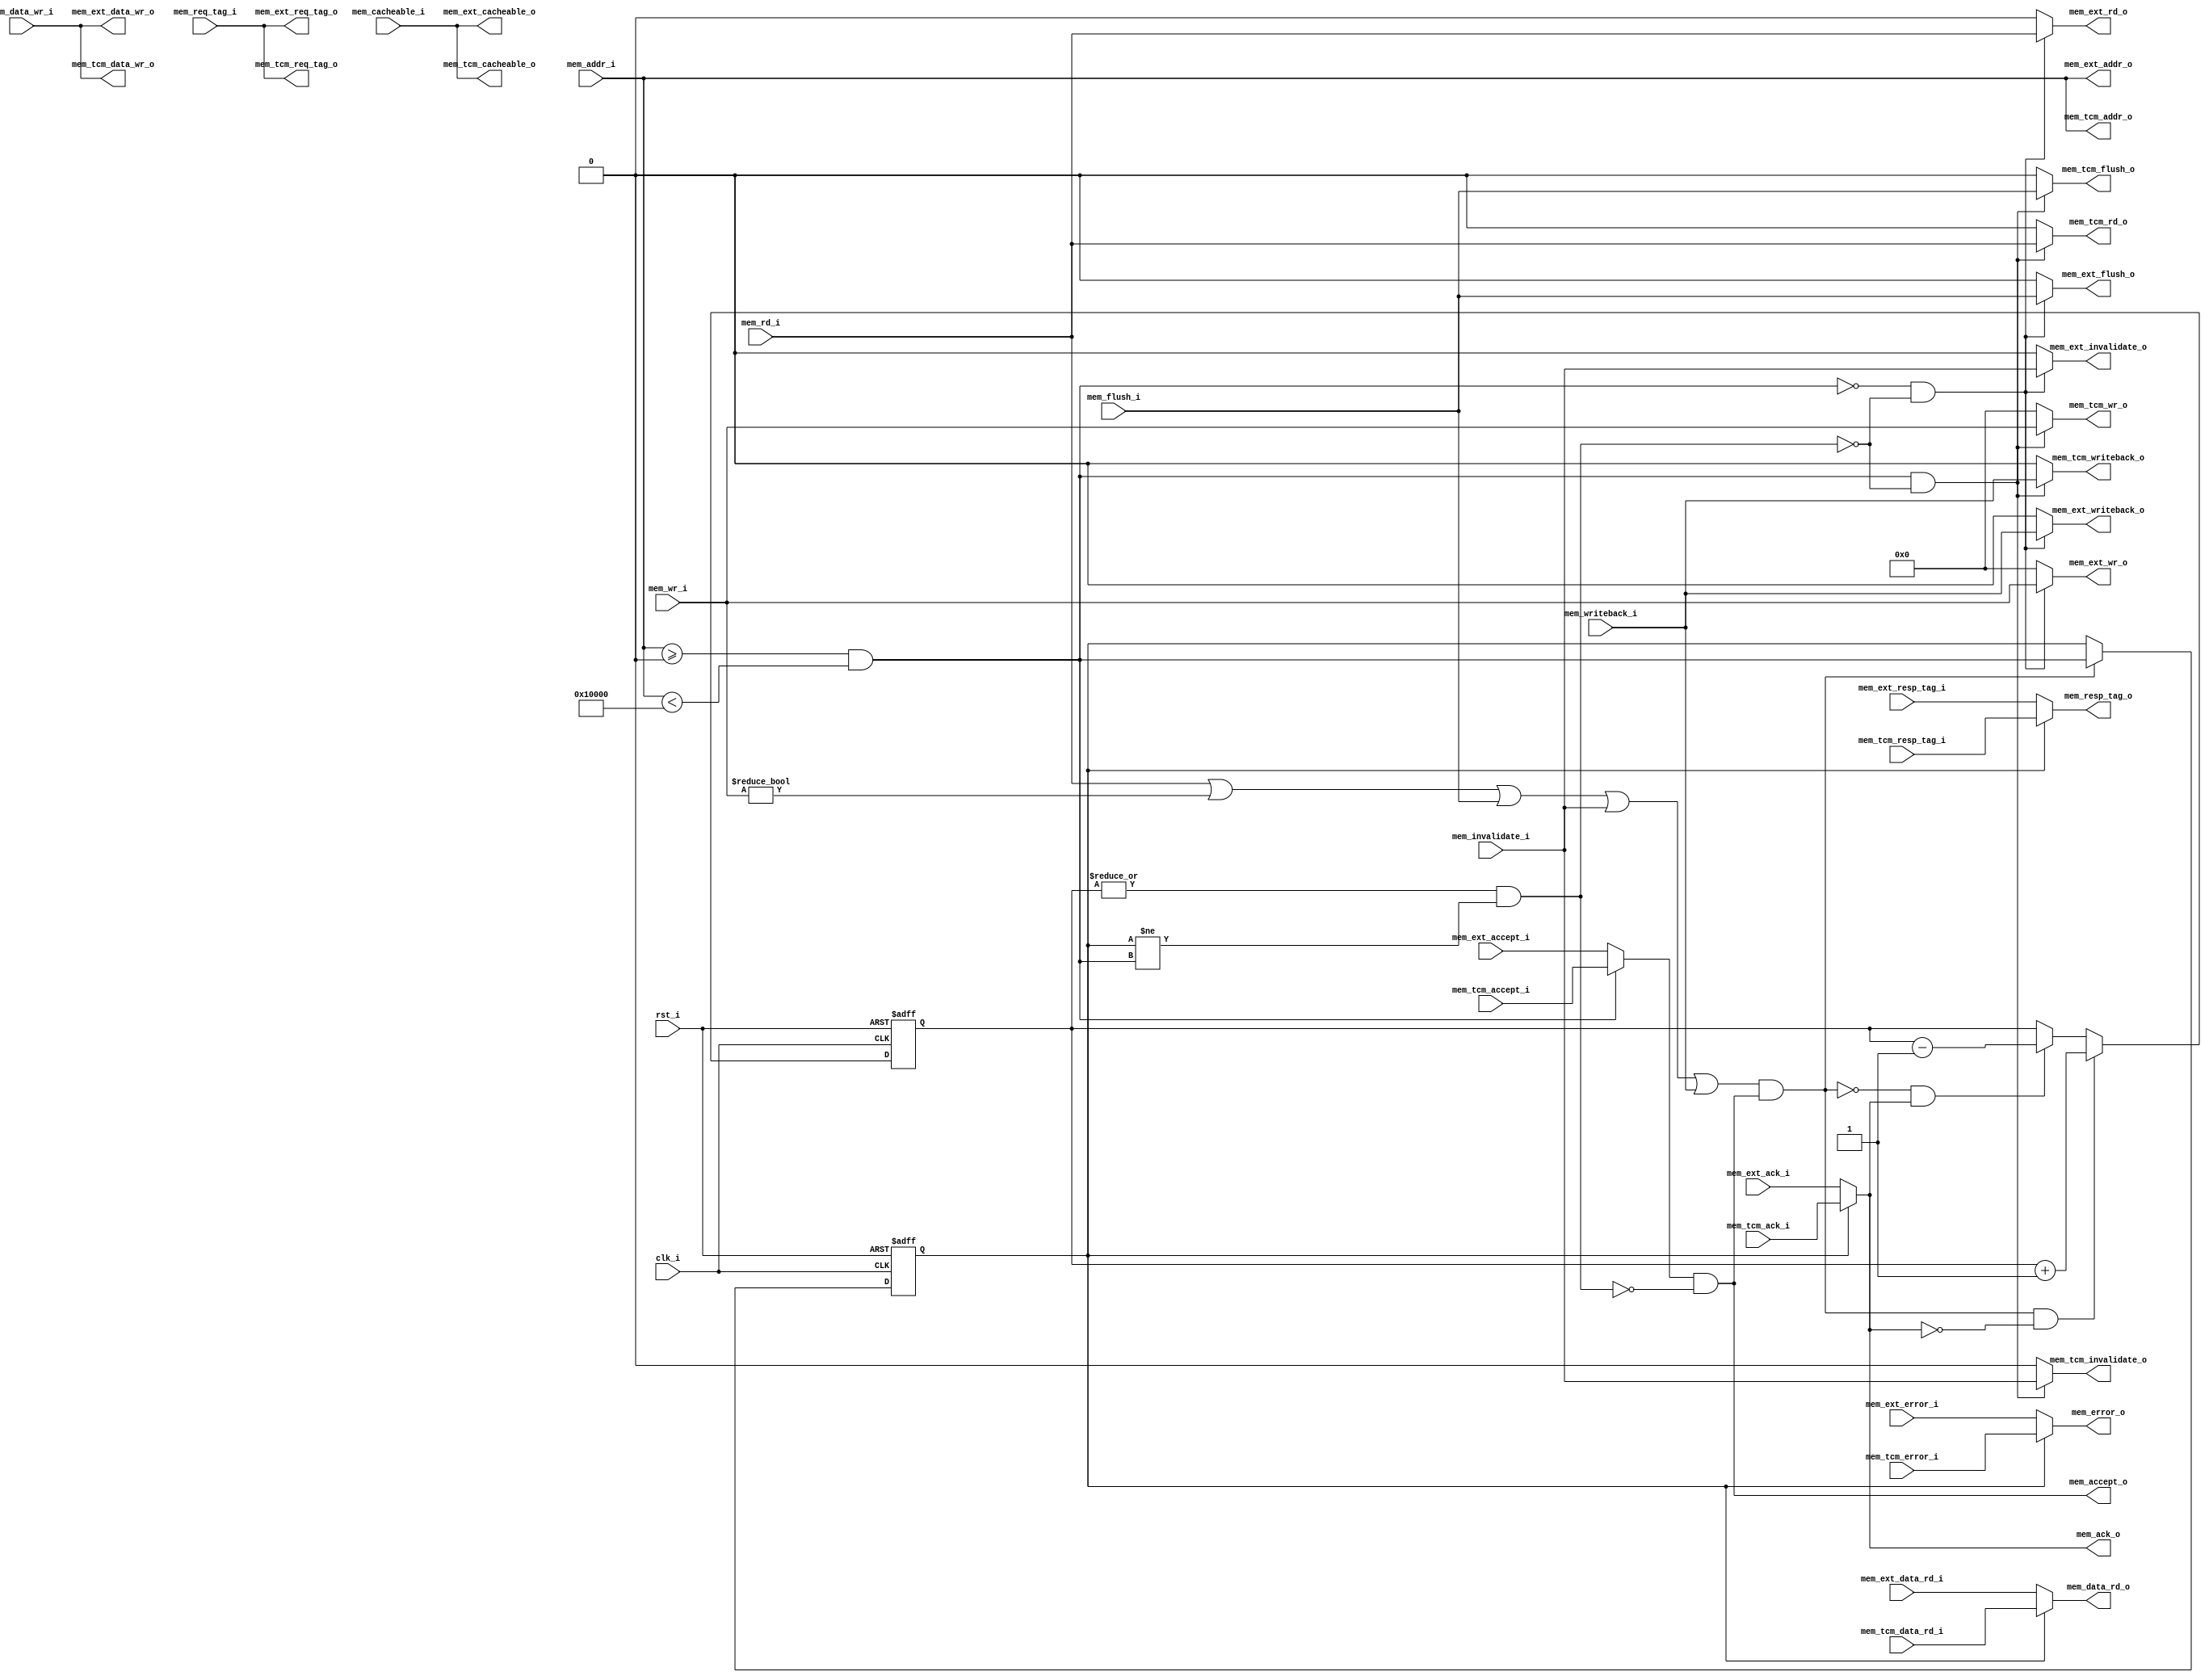
module dport_mux
//-----------------------------------------------------------------
// Params
//-----------------------------------------------------------------
#(
     parameter TCM_MEM_BASE     = 0
)
//-----------------------------------------------------------------
// Ports
//-----------------------------------------------------------------
(
    // Inputs
     input           clk_i
    ,input           rst_i
    ,input  [ 31:0]  mem_addr_i
    ,input  [ 31:0]  mem_data_wr_i
    ,input           mem_rd_i
    ,input  [  3:0]  mem_wr_i
    ,input           mem_cacheable_i
    ,input  [ 10:0]  mem_req_tag_i
    ,input           mem_invalidate_i
    ,input           mem_writeback_i
    ,input           mem_flush_i
    ,input  [ 31:0]  mem_tcm_data_rd_i
    ,input           mem_tcm_accept_i
    ,input           mem_tcm_ack_i
    ,input           mem_tcm_error_i
    ,input  [ 10:0]  mem_tcm_resp_tag_i
    ,input  [ 31:0]  mem_ext_data_rd_i
    ,input           mem_ext_accept_i
    ,input           mem_ext_ack_i
    ,input           mem_ext_error_i
    ,input  [ 10:0]  mem_ext_resp_tag_i

    // Outputs
    ,output [ 31:0]  mem_data_rd_o
    ,output          mem_accept_o
    ,output          mem_ack_o
    ,output          mem_error_o
    ,output [ 10:0]  mem_resp_tag_o
    ,output [ 31:0]  mem_tcm_addr_o
    ,output [ 31:0]  mem_tcm_data_wr_o
    ,output          mem_tcm_rd_o
    ,output [  3:0]  mem_tcm_wr_o
    ,output          mem_tcm_cacheable_o
    ,output [ 10:0]  mem_tcm_req_tag_o
    ,output          mem_tcm_invalidate_o
    ,output          mem_tcm_writeback_o
    ,output          mem_tcm_flush_o
    ,output [ 31:0]  mem_ext_addr_o
    ,output [ 31:0]  mem_ext_data_wr_o
    ,output          mem_ext_rd_o
    ,output [  3:0]  mem_ext_wr_o
    ,output          mem_ext_cacheable_o
    ,output [ 10:0]  mem_ext_req_tag_o
    ,output          mem_ext_invalidate_o
    ,output          mem_ext_writeback_o
    ,output          mem_ext_flush_o
);



//-----------------------------------------------------------------
// Dcache_if mux
//-----------------------------------------------------------------
wire hold_w;

/* verilator lint_off UNSIGNED */
wire tcm_access_w = (mem_addr_i >= TCM_MEM_BASE && mem_addr_i < (TCM_MEM_BASE + 32'd65536));
/* verilator lint_on UNSIGNED */

reg       tcm_access_q;
reg [4:0] pending_q;

assign mem_tcm_addr_o       = mem_addr_i;
assign mem_tcm_data_wr_o    = mem_data_wr_i;
assign mem_tcm_rd_o         = (tcm_access_w & ~hold_w) ? mem_rd_i : 1'b0;
assign mem_tcm_wr_o         = (tcm_access_w & ~hold_w) ? mem_wr_i : 4'b0;
assign mem_tcm_cacheable_o  = mem_cacheable_i;
assign mem_tcm_req_tag_o    = mem_req_tag_i;
assign mem_tcm_invalidate_o = (tcm_access_w & ~hold_w) ? mem_invalidate_i : 1'b0;
assign mem_tcm_writeback_o  = (tcm_access_w & ~hold_w) ? mem_writeback_i : 1'b0;
assign mem_tcm_flush_o      = (tcm_access_w & ~hold_w) ? mem_flush_i : 1'b0;

assign mem_ext_addr_o       = mem_addr_i;
assign mem_ext_data_wr_o    = mem_data_wr_i;
assign mem_ext_rd_o         = (~tcm_access_w & ~hold_w) ? mem_rd_i : 1'b0;
assign mem_ext_wr_o         = (~tcm_access_w & ~hold_w) ? mem_wr_i : 4'b0;
assign mem_ext_cacheable_o  = mem_cacheable_i;
assign mem_ext_req_tag_o    = mem_req_tag_i;
assign mem_ext_invalidate_o = (~tcm_access_w & ~hold_w) ? mem_invalidate_i : 1'b0;
assign mem_ext_writeback_o  = (~tcm_access_w & ~hold_w) ? mem_writeback_i : 1'b0;
assign mem_ext_flush_o      = (~tcm_access_w & ~hold_w) ? mem_flush_i : 1'b0;

assign mem_accept_o         =(tcm_access_w ? mem_tcm_accept_i   : mem_ext_accept_i) & !hold_w;
assign mem_data_rd_o        = tcm_access_q ? mem_tcm_data_rd_i  : mem_ext_data_rd_i;
assign mem_ack_o            = tcm_access_q ? mem_tcm_ack_i      : mem_ext_ack_i;
assign mem_error_o          = tcm_access_q ? mem_tcm_error_i    : mem_ext_error_i;
assign mem_resp_tag_o       = tcm_access_q ? mem_tcm_resp_tag_i : mem_ext_resp_tag_i;

wire   request_w            = mem_rd_i || mem_wr_i != 4'b0 || mem_flush_i || mem_invalidate_i || mem_writeback_i;

reg [4:0] pending_r;
always @ *
begin
    pending_r = pending_q;

    if ((request_w && mem_accept_o) && !mem_ack_o)
        pending_r = pending_r + 5'd1;
    else if (!(request_w && mem_accept_o) && mem_ack_o)
        pending_r = pending_r - 5'd1;
end

always @ (posedge clk_i or posedge rst_i)
if (rst_i)
    pending_q <= 5'b0;
else
    pending_q <= pending_r;

always @ (posedge clk_i or posedge rst_i)
if (rst_i)
    tcm_access_q <= 1'b0;
else if (request_w && mem_accept_o)
    tcm_access_q <= tcm_access_w;

assign hold_w = (|pending_q) && (tcm_access_q != tcm_access_w);



endmodule